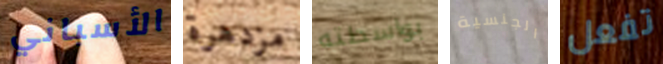
الأسباني مزدهرة بواسطته الجنسية تفعل